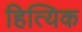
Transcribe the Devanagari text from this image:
हित्यिक